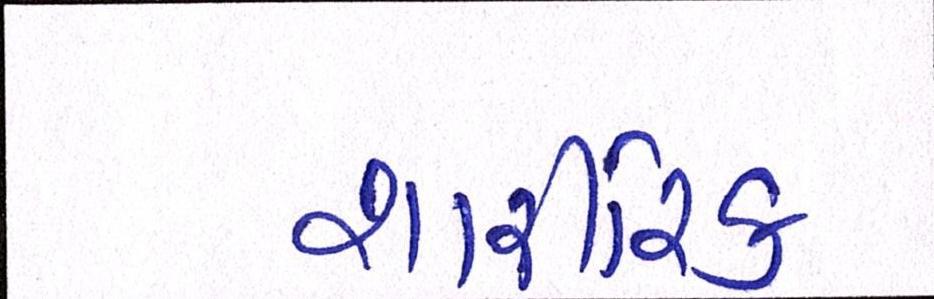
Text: શારીરિક